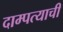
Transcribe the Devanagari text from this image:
दाम्पत्याची